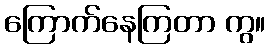
ကြောက်နေကြတာ ကွ။